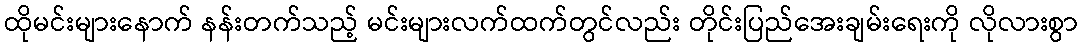
ထိုမင်းများနောက် နန်းတက်သည့် မင်းများလက်ထက်တွင်လည်း တိုင်းပြည်အေးချမ်းရေးကို လိုလားစွာ